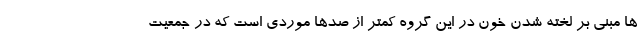
ها مبنی بر لخته شدن خون در این گروه کمتر از صدها موردی است که در جمعیت